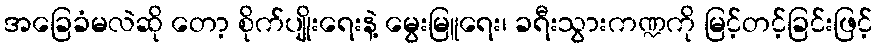
အခြေခံမလဲဆို တော့ စိုက်ပျိုးရေးနဲ့ မွေးမြူရေး၊ ခရီးသွားကဏ္ဍကို မြင့်တင့်ခြင်းဖြင့်